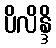
ပိလိန္ဒိ